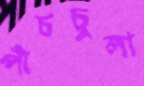
পাঁচচুলা